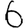
Digit: 6